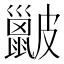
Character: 𥀰